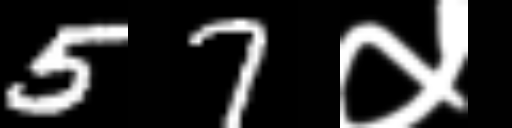
Text: 57५